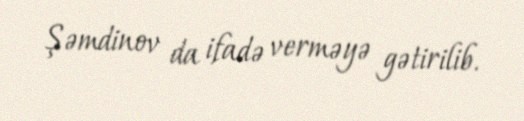
Şəmdinov da ifadə verməyə gətirilib.